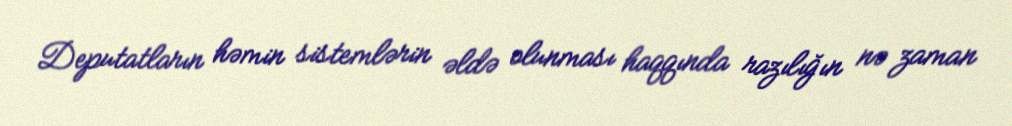
Deputatların həmin sistemlərin əldə olunması haqqında razılığın nə zaman